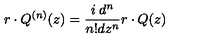
r \cdot Q ^ { ( n ) } ( z ) = \frac { i \: d ^ { n } } { n ! d z ^ { n } } r \cdot Q ( z )